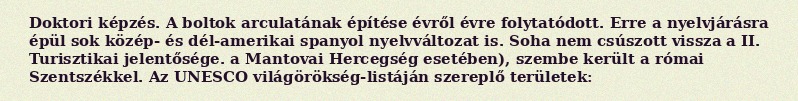
Doktori képzés. A boltok arculatának építése évről évre folytatódott. Erre a nyelvjárásra épül sok közép- és dél-amerikai spanyol nyelvváltozat is. Soha nem csúszott vissza a II. Turisztikai jelentősége. a Mantovai Hercegség esetében), szembe került a római Szentszékkel. Az UNESCO világörökség-listáján szereplő területek: